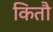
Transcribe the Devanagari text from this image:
कितौ